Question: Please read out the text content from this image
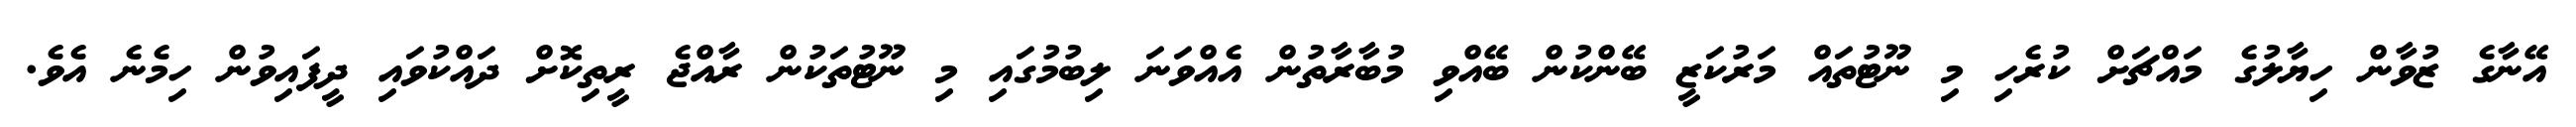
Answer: އޭނާގެ ޒުވާން ހިޔާލުގެ މައްޗަށް ކުރެހި މި ނޫޓުތައް މަރުކަޒީ ބޭންކުން ބޭއްވި މުބާރާތުން އެއްވަނަ ލިބުމުގައި މި ނޫޓުތަކުން ރާއްޖެ ރީތިކޮށް ދައްކުވައި ދީފައިވުން ހިމެނެ އެވެ.